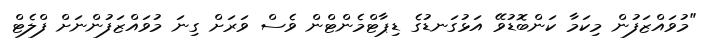
"މުވައްޒަފުން މިކަމާ ކަންބޮޑުވޭ އަޅުގަނޑުގެ ޑިޕާޓްމެންޓްން ވެސް ވަރަށް ގިނަ މުވައްޒަފުންނަށް ފްލެޓް